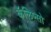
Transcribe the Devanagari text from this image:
कॅलिप्सो